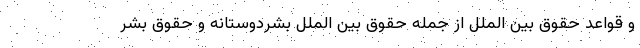
و قواعد حقوق بین الملل از جمله حقوق بین الملل بشردوستانه و حقوق بشر